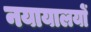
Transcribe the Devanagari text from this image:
नयायालयों